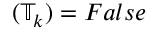
( \mathbb { T } _ { k } ) = F a l s e